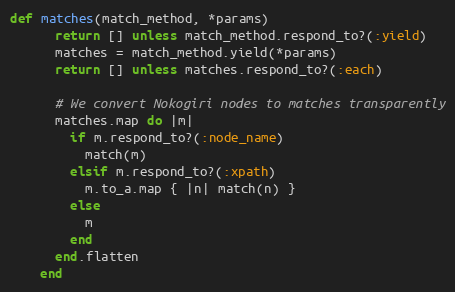
Language: Ruby
def matches(match_method, *params)
      return [] unless match_method.respond_to?(:yield)
      matches = match_method.yield(*params)
      return [] unless matches.respond_to?(:each)

      # We convert Nokogiri nodes to matches transparently
      matches.map do |m|
        if m.respond_to?(:node_name)
          match(m)
        elsif m.respond_to?(:xpath)
          m.to_a.map { |n| match(n) }
        else
          m
        end
      end.flatten
    end